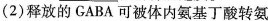
(2)释放的GABA可被体内氨基丁酸转氨